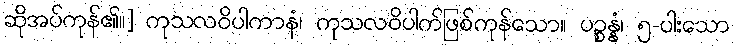
ဆိုအပ်ကုန်၏။] ကုသလဝိပါကာနံ၊ ကုသလဝိပါက်ဖြစ်ကုန်သော။ ပဉ္စန္နံ၊ ၅-ပါးသော